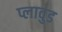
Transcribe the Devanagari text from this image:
प्लावुड